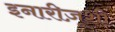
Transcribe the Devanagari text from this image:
इनारीज़ूशी